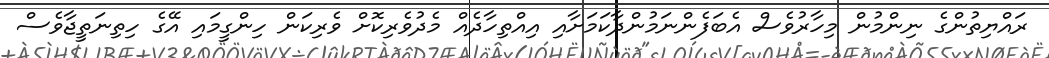
ރައްޔިތުންގެ ނިންމުން މިހާރުވެސް އެބަފެންނަމުންދާކަމަށާއި އިއްތިހާދެއް މެދުވެރިކޮށް ވެރިކަން ހިންގީމައި އޭގެ ހިތިނަތީޖާވެސް